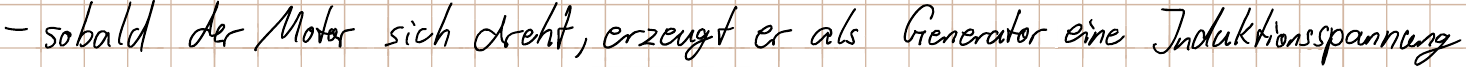
- sobald der Motor sich dreht, erzeugt er als Generator eine Induktionsspannung